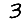
Digit: 3